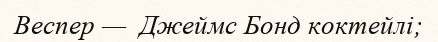
Веспер —  Джеймс Бонд коктейлі;